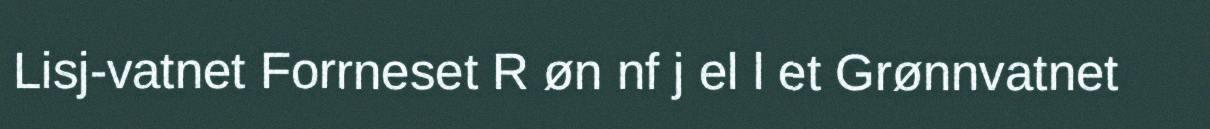
Lisj-vatnet Forrneset R øn nf j el l et Grønnvatnet